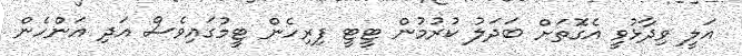
އަލީ ވިދާޅުވީ އެގޮތަށް ބަދަލު ކުރުމުން ޓީޓީ ފިރިހެން ޓީމުގައިވެސް އަދި އަންހެން